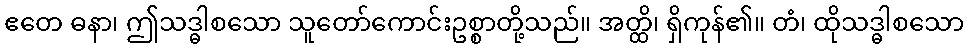
ဧတေ ဓနာ၊ ဤသဒ္ဓါစသော သူတော်ကောင်းဥစ္စာတို့သည်။ အတ္ထိ၊ ရှိကုန်၏။ တံ၊ ထိုသဒ္ဓါစသော